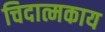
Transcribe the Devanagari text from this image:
चिदात्मकाय